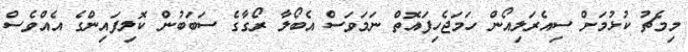
މިމެޗު ކުޅުމަށް ސިއެރަލިއޯން ހަމަޖެހިފައޮތް ނަމަވަސް އެބޯލާ ރޯގާގެ ސަބަބުން ކޮލިފައިިންގެ އެއްވެސް